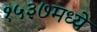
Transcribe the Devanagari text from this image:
१५३७मध्ये